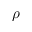
\rho